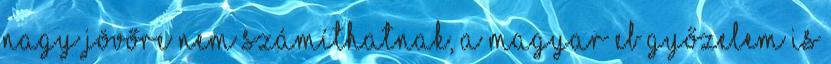
nagy jövőre nem számíthatnak, a magyar EB győzelem is